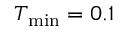
T _ { \mathrm { m i n } } = 0 . 1